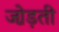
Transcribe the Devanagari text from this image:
जो़ड़ती